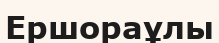
Ершораұлы